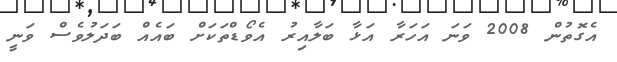
އެގޮތުން 2008 ވަނަ އަހަރާ އަޅާ ބަލާއިރު އެވޯޑްތަކަށް ބައެއް ބަދަލުވެސް ވަނީ